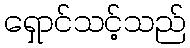
ရှောင်သင့်သည်